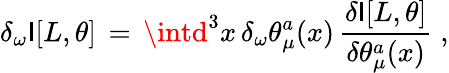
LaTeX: \delta_{\omega}\mathsf{I}[L,\theta]\, =\, \intd^{3}x\, \delta_{\omega}\theta_{\mu}^{a}(x)\, \frac{{\delta\mathsf{I}[L,\theta]}}{{\delta\theta_{\mu}^{a}(x)}}\; ,